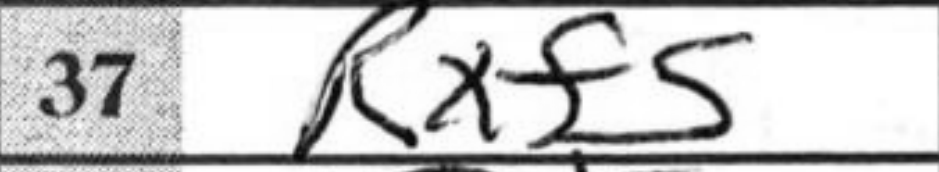
Transcription: Rxf5